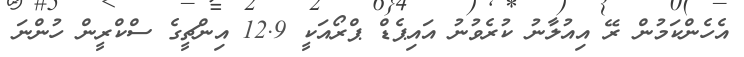
އެހެންކަމުން ރޭ އިއުލާނު ކުރެވުނު އައިޕެޑް ޕްރޯއަކީ 12.9 އިންޗީގެ ސްކްރީން ހުންނަ